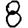
Digit: 8